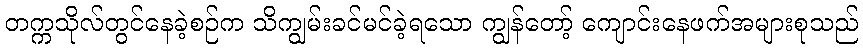
တက္ကသိုလ်တွင်နေခဲ့စဉ်က သိကျွမ်းခင်မင်ခဲ့ရသော ကျွန်တော့် ကျောင်းနေဖက်အများစုသည်